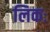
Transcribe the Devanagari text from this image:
लिकः